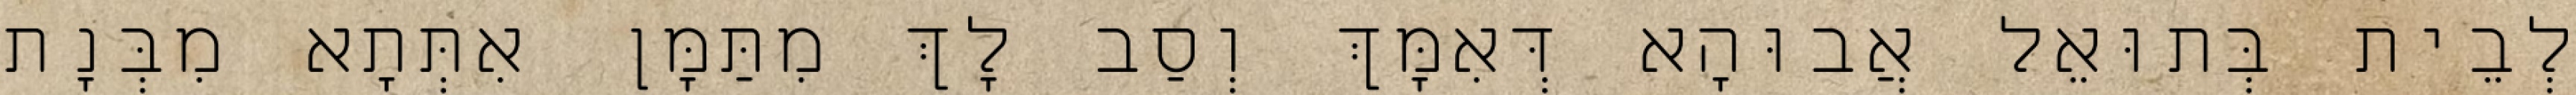
לְבֵית בְּתוּאֵל אֲבוּהָא דְּאִמָּךְ וְסַב לָךְ מִתַּמָּן אִתְּתָא מִבְּנָת